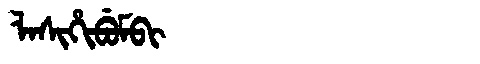
Manchu: ᠯᠠᠰᡳᡥᡳᠪᡠᠮᠪᡳ
Romanization: LASIHIBUMBI